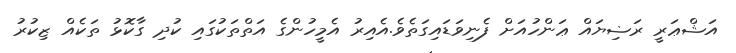
އަޝްޢަރީ ރަޟިޔައް ޢަންހުއަށް ފެނިވަޑައިގަތެވެ.އެއިރު އެމީހުންގެ އަތްތަކުގައި ކުދި ގާކޮޅު ތަކެއް ޒިކުރު